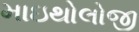
માઇથોલોજી